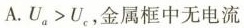
A.$$U_{a}>U_{c}$$，金属框中无电流